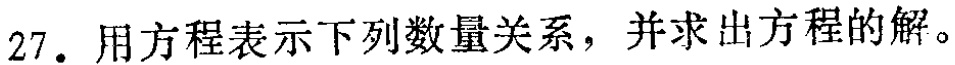
27. 用方程表示下列数量关系，并求出方程的解。